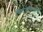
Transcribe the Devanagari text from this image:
चितळकरांची